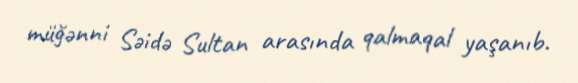
müğənni Səidə Sultan arasında qalmaqal yaşanıb.